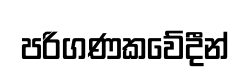
පරිගණකවේදීන්